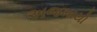
અજમાયો